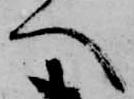
へ